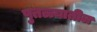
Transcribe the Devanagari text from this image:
पुतळ्यातील